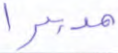
مدبرا